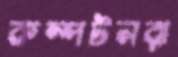
কম্পটনরা